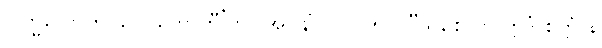
ဗြဟ္မလောကူပဂေါ ဟောတီ’တိ (အ။ နိ။ ၁၁။၁၅)။ “သစေ တွံ ဣဒံ စိတ္တံ န